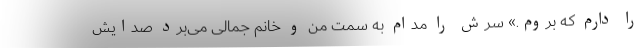
را دارم که بروم.» سرش را مدام به سمت من و خانم جمالی می‌برد صدایش